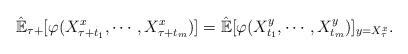
LaTeX: \begin{align*}\hat{\mathbb{E}}_{\tau+}[\varphi(X_{\tau+t_1}^x,\cdots,X_{\tau+t_m}^x)]=\hat{\mathbb{E}}[\varphi(X_{t_1}^y,\cdots,X_{t_m}^y)]_{y=X_\tau^x}.\end{align*}